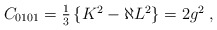
\begin{align*}C_{0101} = \textstyle{\frac{1}{3}}\left\{K^{2}-\aleph L^{2}\right\}= 2g^{2} \; ,\end{align*}